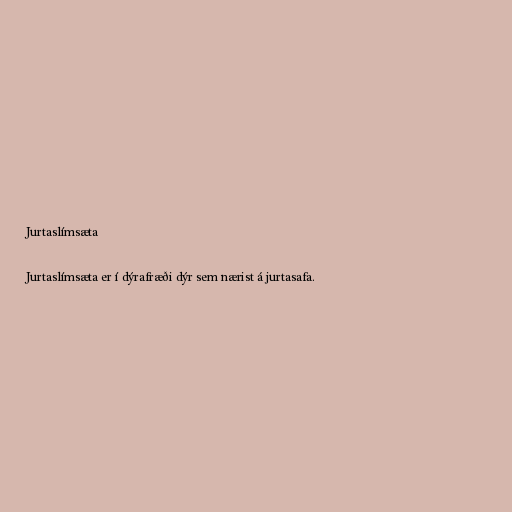
Jurtaslímsæta

Jurtaslímsæta er í dýrafræði dýr sem nærist á jurtasafa.